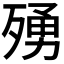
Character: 𭮛